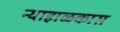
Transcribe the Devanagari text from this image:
न्याहाळकास